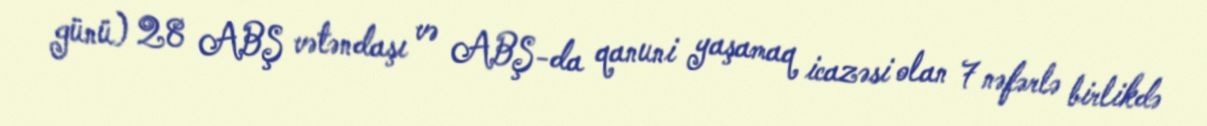
günü) 28 ABŞ vətəndaşı və ABŞ-da qanuni yaşamaq icazəsi olan 7 nəfərlə birlikdə